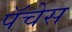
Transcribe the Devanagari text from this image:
पॅचेस